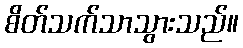
စိတ်သက်သာသွားသည်။